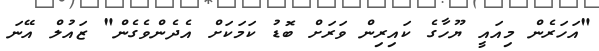
"އަހަރެން މިއައީ ޔޫހާގެ ކައިރިން ވަރަށް ބޮޑު ކަމަކަށް އެދެންވެގެން" ޒައުލް އޭނަ